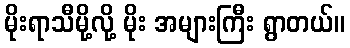
မိုးရာသီမို့လို့ မိုး အများကြီး ရွာတယ်။